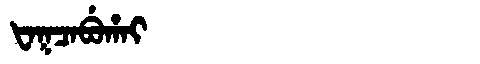
Manchu: ᡶᠠᡴᠴᠠᠪᡠᡥᠠᡳ
Romanization: FAKCABUHAI